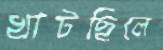
খাটছিলে